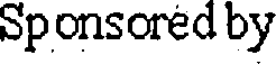
Sponsored by